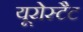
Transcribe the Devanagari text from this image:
यूरोस्टैट